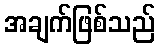
အချက်ဖြစ်သည်